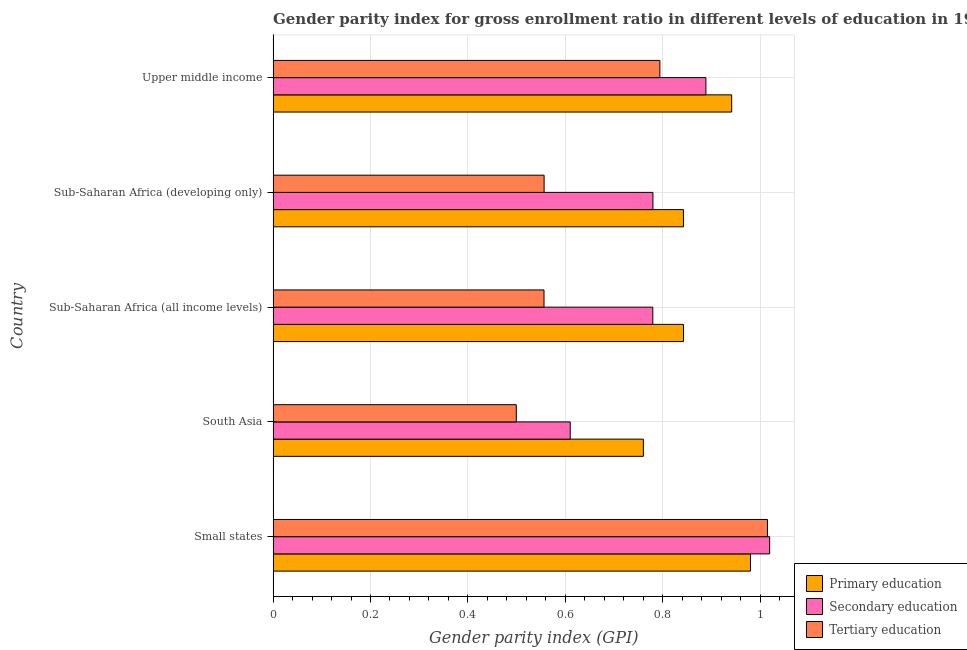
| Country | Primary education | Secondary education | Tertiary education |
 | --- | --- | --- | --- |
 | Small states | 0.98 | 1.02 | 1.02 |
 | South Asia | 0.76 | 0.61 | 0.499 |
 | Sub-Saharan Africa (all income levels) | 0.843 | 0.78 | 0.556 |
 | Sub-Saharan Africa (developing only) | 0.843 | 0.78 | 0.557 |
 | Upper middle income | 0.942 | 0.889 | 0.794 |